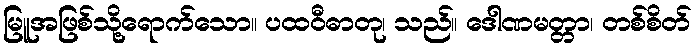
မြူအဖြစ်သို့ရောက်သော။ ပထဝီဓာတု၊ သည်။ ဒေါဏမတ္တာ၊ တစ်စိတ်